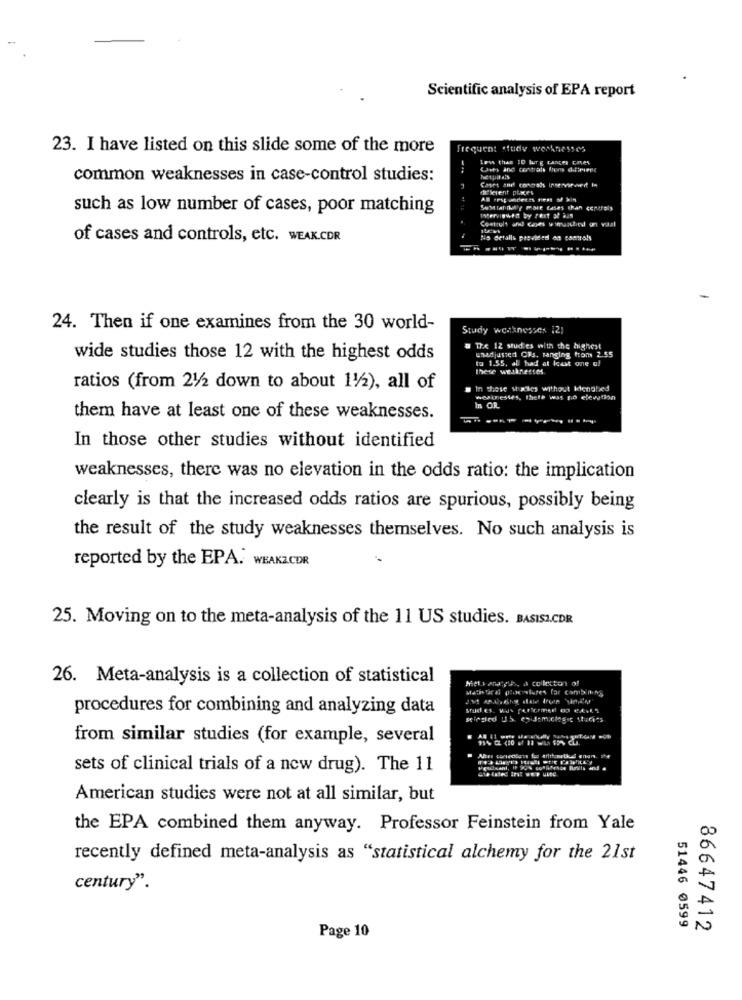
Scientific analysis of EPA report
23. I have listed on this slide some of the more
Frequent study weaknesses
Les than ID Wurg tangen cases
Cats and contrats lors d.friend
common weaknesses in case-control studies:
different places
AB oost underts rest of kin
such as low number of cases, poor matching
INervinwent by Pext 32 aan
of cases and controls, etc. WEAK.CDR
Ns detalls provided on posto!s
24. Then if one examines from the 30 world-
Study weaknesses 121
a The 12 studies with the highest
unadjusted Cis. ranging from 2.55
wide studies those 12 with the highest odds
to 1.55. al had at least one of
these weaknesses
ratios (from 21/2 down to about 11/2), all of
. In these wiadies without kenghed
nextnestes, there was no elevation
In OR
them have at least one of these weaknesses.
In those other studies without identified
weaknesses, there was no elevation in the odds ratio: the implication
clearly is that the increased odds ratios are spurious, possibly being
the result of the study weaknesses themselves. No such analysis is
reported by the EPA. WEAKZCDR
25. Moving on to the meta-analysis of the 11 US studies. BASISZ.CDR
26. Meta-analysis is a collection of statistical
Mieli Andy's, a collection of
procedures for combining and analyzing data
from similar studies (for example, several
sets of clinical trials of a new drug). The 11
American studies were not at all similar, but
the EPA combined them anyway. Professor Feinstein from Yale
recently defined meta-analysis as "statistical alchemy for the 21st
century".
51446 0599
86647412
Page 10